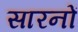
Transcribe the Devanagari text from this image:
सारनों